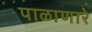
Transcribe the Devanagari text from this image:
पाळाणारे